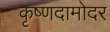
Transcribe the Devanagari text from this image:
कृष्णदामोदर